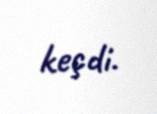
keçdi.